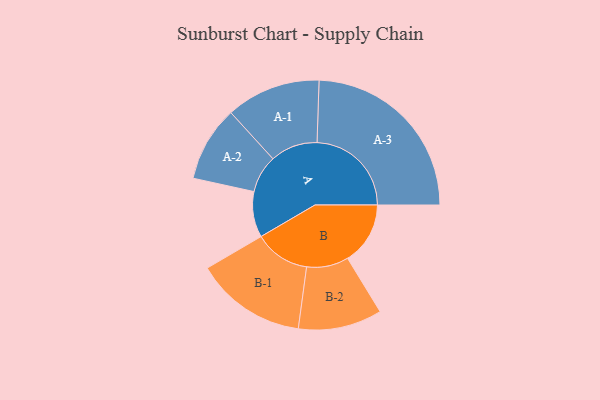
{"axis": {"x": "Segment", "y": "Value"}, "legend": ["", "A", "B"], "data": [{"x": "A", "y": 143, "type": ""}, {"x": "B", "y": 196, "type": ""}, {"x": "A-1", "y": 148, "type": "A"}, {"x": "A-2", "y": 118, "type": "A"}, {"x": "A-3", "y": 295, "type": "A"}, {"x": "B-1", "y": 174, "type": "B"}, {"x": "B-2", "y": 131, "type": "B"}]}